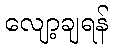
လျော့ချရန်